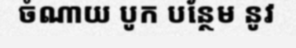
ចំណាយ បូក បន្ថែម នូវ